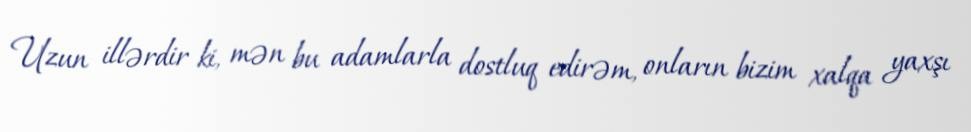
Uzun illərdir ki, mən bu adamlarla dostluq edirəm, onların bizim xalqa yaxşı